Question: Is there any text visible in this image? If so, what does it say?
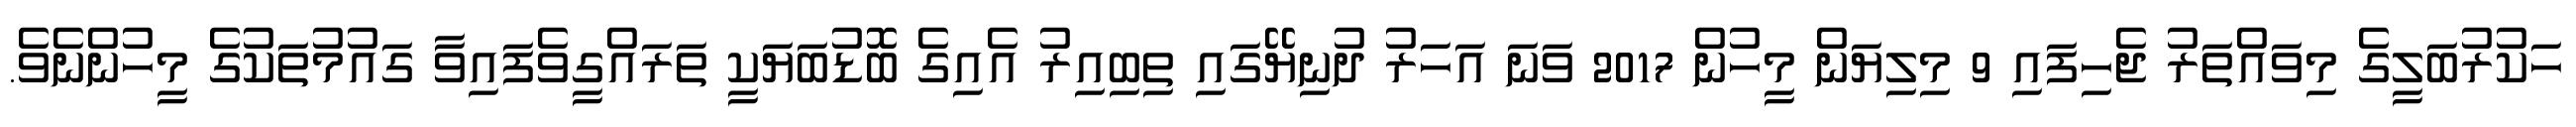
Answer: ހަކުރުބަލީގެ މިވައްތަރު ޖެހިފައި 9 މިލިޔަން މީހުން 2017 ވަނަ އަހަރު ދުނިޔޭގައި ތިބިއިރު އެއިގެ ބޮޑުބަޔަކީ ތަރައްގީވެފައިވާ ގައުމުތަކުގެ މީހުންނެވެ.